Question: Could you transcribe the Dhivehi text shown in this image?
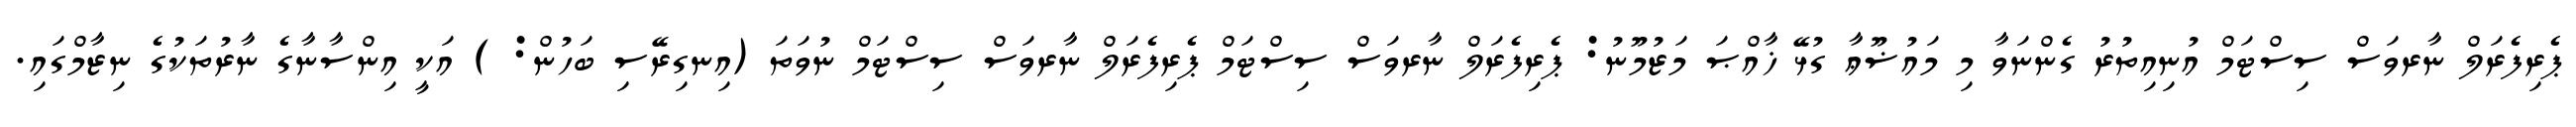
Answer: ޕެރިފެރަލް ނާރވަސް ސިސްޓަމް އުނިއިތުރު ގެންނަވާ މި މައުޟޫޢާ ގުޅޭ ޚާއްޞަ މަޒުމޫނު: ޕެރިފެރަލް ނާރވަސް ސިސްޓަމް ޕެރިފެރަލް ނާރވަސް ސިސްޓަމް ނުވަތަ (އިނގިރޭސި ބަހުން: ) އަކީ އިންސާނާގެ ނާރުތަކުގެ ނިޒާމްގައި.